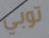
توبي